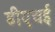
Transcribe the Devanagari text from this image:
डीएचई